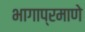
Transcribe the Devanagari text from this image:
भागाप्रमाणे